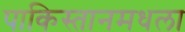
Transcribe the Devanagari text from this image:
पाकिस्तानमधला